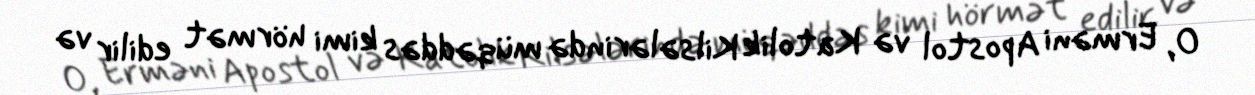
O, Erməni Apostol və Katolik Kilsələrində müqəddəs kimi hörmət edilir və